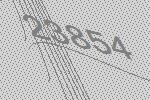
23854